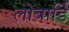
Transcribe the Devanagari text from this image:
लोबार्डि